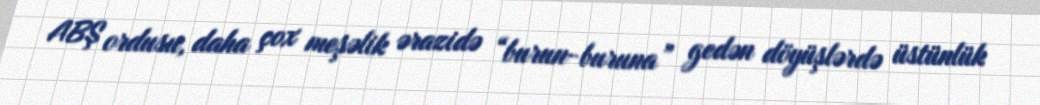
ABŞ ordusu, daha çox meşəlik ərazidə “burun-buruna” gedən döyüşlərdə üstünlük